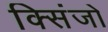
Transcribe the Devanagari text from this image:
क्सिंजो